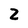
Character: Z